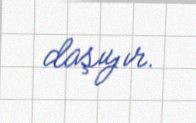
daşıyır.